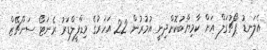
އެލަނޑު ޕޯޗުގަލް އަށް ކާމިޔާބުކޮށްދިނީ އުމުރުން 22 އަހަރުގެ މިޑްފީލްޑަރު ރެނަޓޯ ސަންޗޭޒް